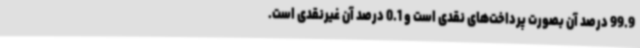
99.9 درصد آن بصورت پرداخت‌های نقدی است و 0.1 درصد آن غیرنقدی است.